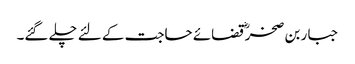
جبار بن صخرؓ قضائے حاجت کے لئے چلے گئے۔